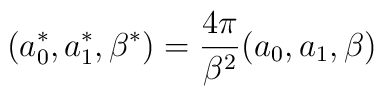
(a_0^*,a_1^*,\beta^*)=\frac{4\pi}{\beta^2}(a_0,a_1,\beta)